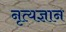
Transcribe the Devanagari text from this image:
नृत्यज्ञान